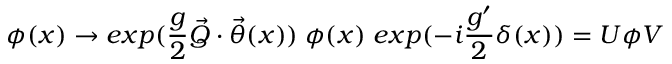
\phi ( x ) \rightarrow e x p ( \frac { g } { 2 } \vec { Q } \cdot \vec { \theta } ( x ) ) \; \phi ( x ) \; e x p ( - i \frac { g ^ { \prime } } { 2 } \delta ( x ) ) = U \phi V